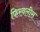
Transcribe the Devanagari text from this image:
फिरवलीस